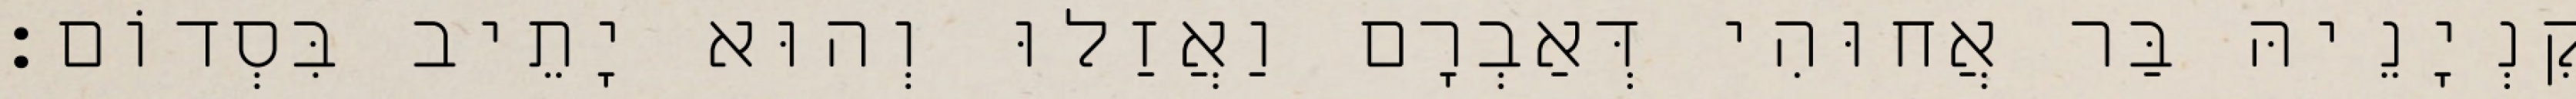
קִנְיָנֵיהּ בַּר אֲחוּהִי דְּאַבְרָם וַאֲזַלוּ וְהוּא יָתֵיב בִּסְדוֹם׃